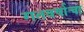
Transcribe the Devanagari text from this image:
गतवर्षाचा